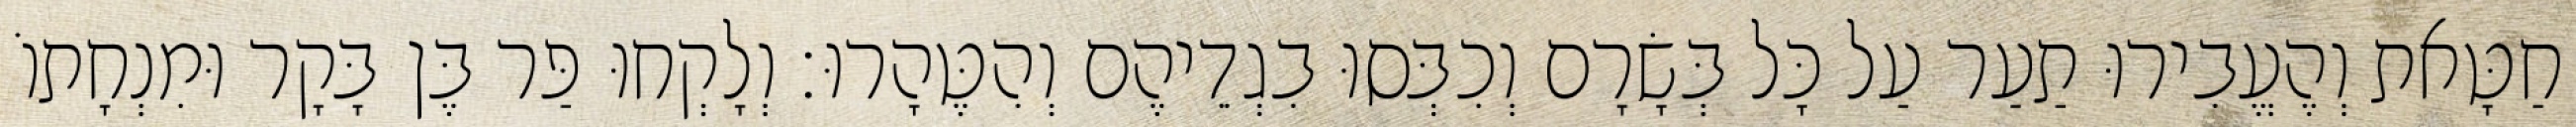
חַטָּאת וְהֶעֱבִירוּ תַעַר עַל כָּל בְּשָׂרָם וְכִבְּסוּ בִגְדֵיהֶם וְהִטֶּהָרוּ׃ וְלָקְחוּ פַּר בֶּן בָּקָר וּמִנְחָתוֹ